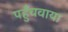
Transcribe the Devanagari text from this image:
पहुँचवाया